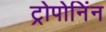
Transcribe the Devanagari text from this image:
ट्रोपोनिंन